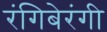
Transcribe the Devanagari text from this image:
रंगिबेरंगी